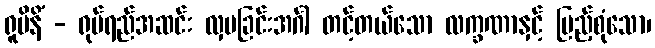
ရူပိနိံ - ရုပ်ရည်အဆင်း လှပခြင်းအင်္ဂါ တင့်တယ်သော လက္ခဏာနှင့် ပြည့်စုံသော၊